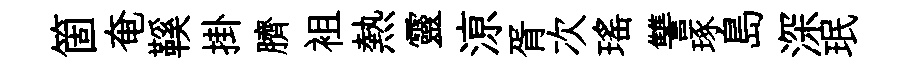
箇奄鞵掛臍袓熱靈鿌胥次瑶讐琢島深珉